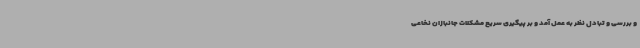
و بررسی و تبادل نظر به عمل آمد و بر پیگیری سریع مشکلات جانبازان نخاعی